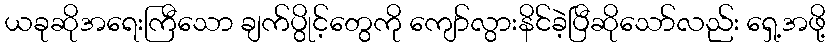
ယခုဆိုအရေးကြီသော ချက်ပွိုင့်တွေကို ကျော်လွားနိင်ခဲ့ပြီဆိုသော်လည်း ရှေ့အဖို့